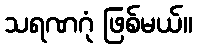
သရဏဂုံ ဖြစ်မယ်။